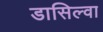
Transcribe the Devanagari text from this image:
डासिल्वा